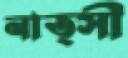
নাত্সী